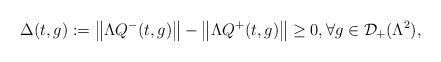
LaTeX: \begin{align*}\Delta (t,g):=\left\Vert \Lambda Q^{-}(t,g)\right\Vert -\left\Vert\Lambda Q^{+}(t,g)\right\Vert\geq 0,\forall g\in {\mathcal D}_{+}(\Lambda^2), \end{align*}